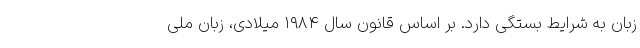
زبان به شرایط بستگی دارد. بر اساس قانون سال ۱۹۸۴ میلادی، زبان ملی